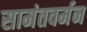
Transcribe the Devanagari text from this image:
सामंतवर्मन